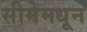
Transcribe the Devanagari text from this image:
सीमेमधून